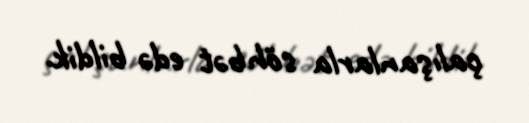
çalışanlarla söhbət edə bildik.